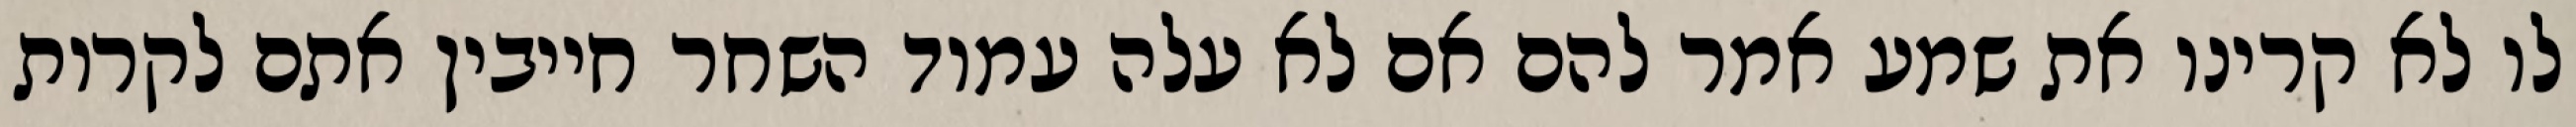
לו לא קרינו את שמע אמר להם אם לא עלה עמוד השחר חייבין אתם לקרות